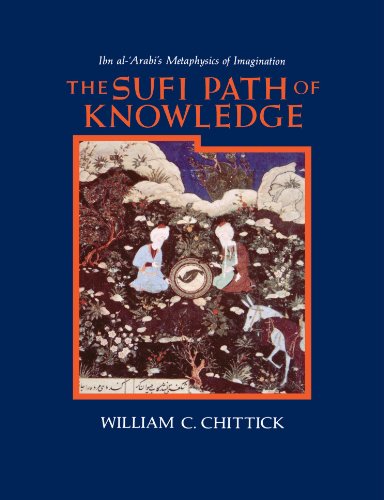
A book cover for The Sufi Path of Knowledge: Ibn Al-Arabi's Metaphysics of Imagination; William C. Chittick; Religion & Spirituality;